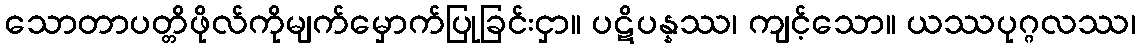
သောတာပတ္တိဖိုလ်ကိုမျက်မှောက်ပြုခြင်းငှာ။ ပဋိပန္နဿ၊ ကျင့်သော။ ယဿပုဂ္ဂလဿ၊